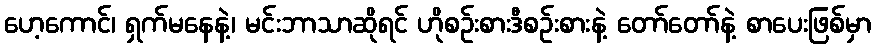
ဟေ့ကောင်၊ ရှက်မနေနဲ့၊ မင်းဘာသာဆိုရင် ဟိုစဉ်းစားဒီစဉ်းစားနဲ့ တော်တော်နဲ့ စာပေးဖြစ်မှာ